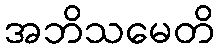
အဘိသမေတိ